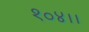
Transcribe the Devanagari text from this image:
१०४।।